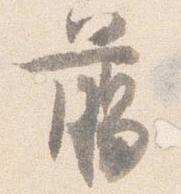
臈